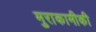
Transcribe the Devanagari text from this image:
मुराकामीकी